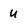
Character: U